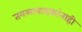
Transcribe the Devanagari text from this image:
तबलावादकांनाही